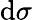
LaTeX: \mathrm{d}\sigma